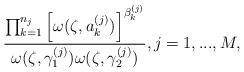
LaTeX: \begin{align*}\frac{\prod_{k=1}^{n_j} \left[\omega(\zeta,a_{k}^{(j)})\right]^{\beta_k^{(j)}}}{\omega(\zeta,\gamma_{1}^{(j)}) \omega(\zeta,\gamma_{2}^{(j)})}, j=1,...,M,\end{align*}